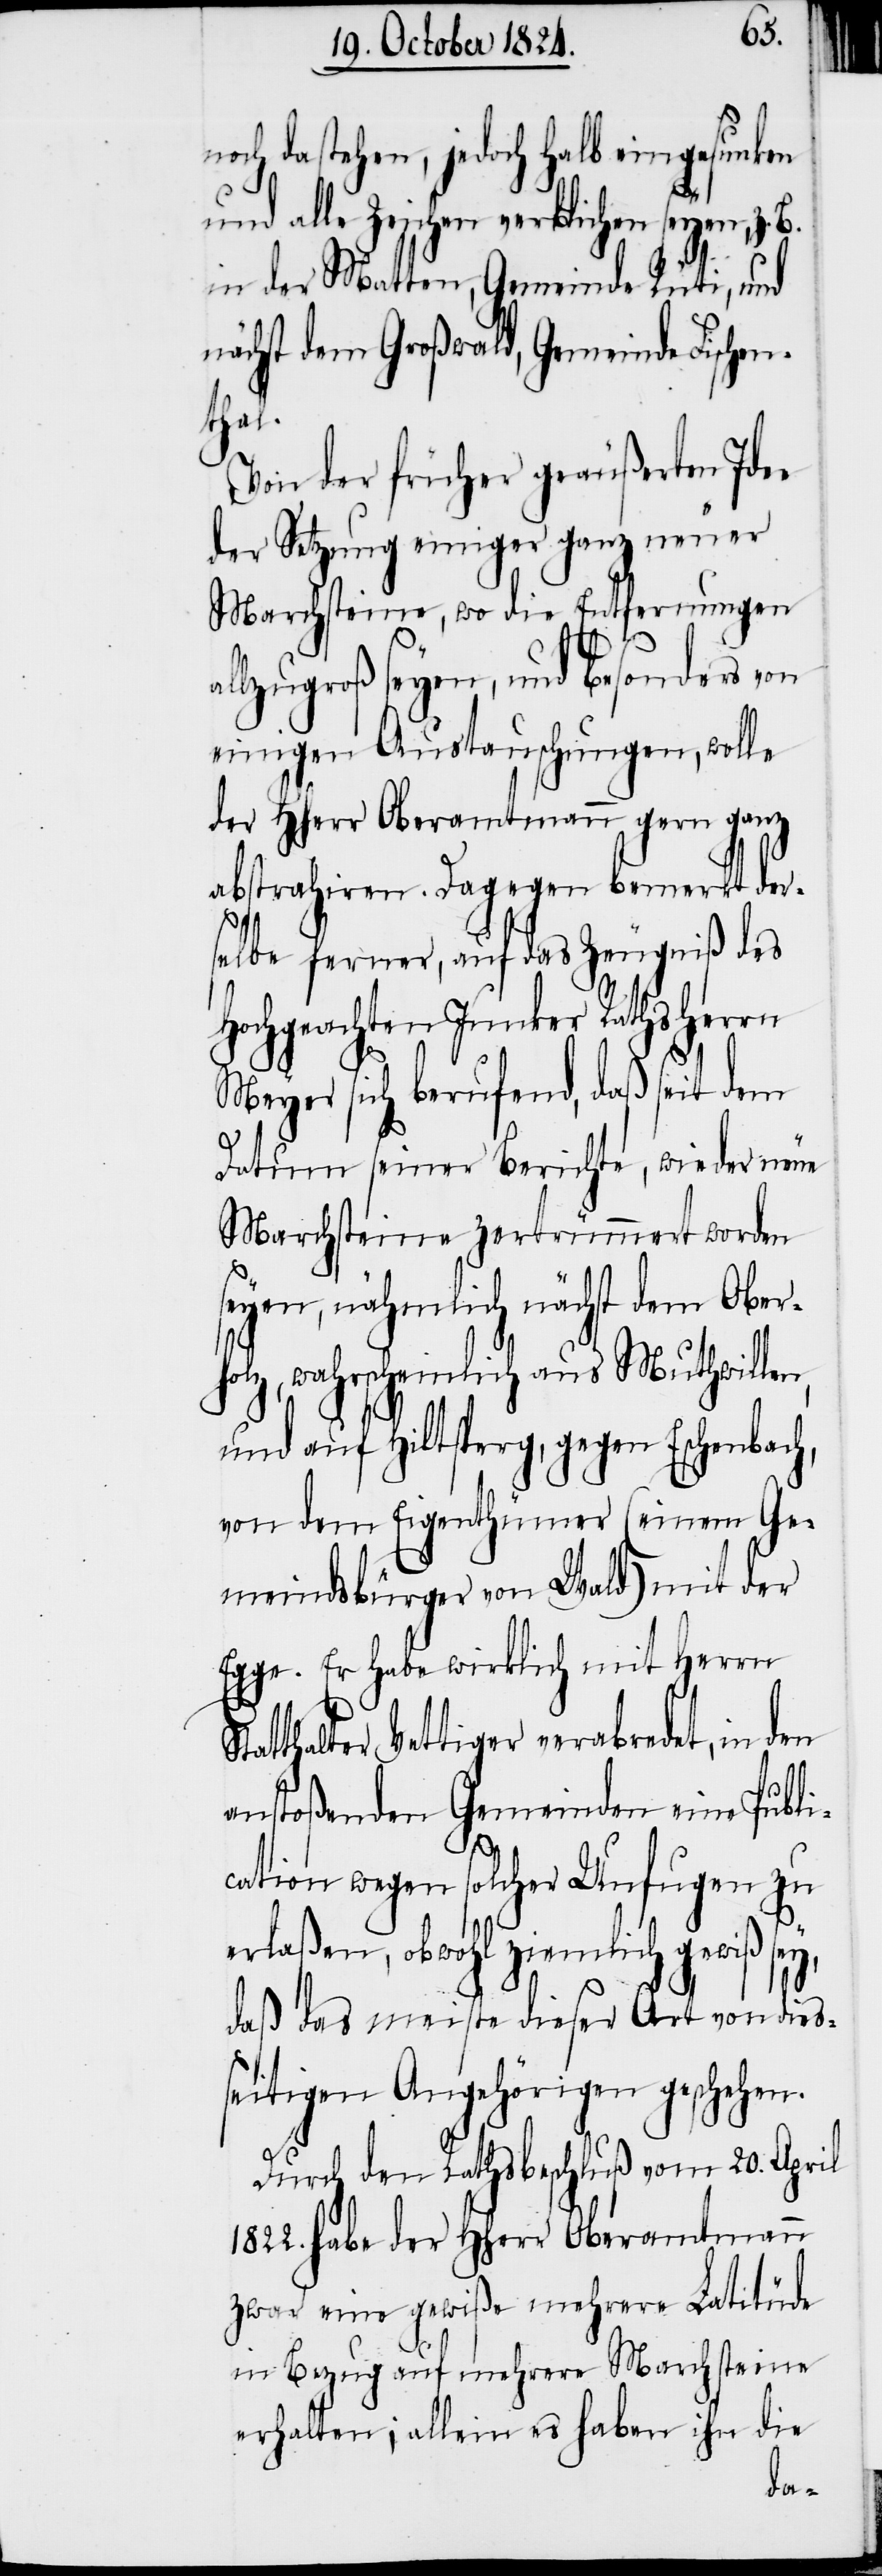
noch dastehen, jedoch halb eingesunken
und alle Zeichen verblichen seyen, z.
in der Matten, Gemeinde Rüti, und
nächst dem Großwald, Gemeinde Fischen¬
thal¬
Von der früher geäußerten Idee
der Setzung einiger ganz neuer
Marchsteine, wo die Entfernungen
lzugroß seyen, und besonders von
einigen Austauschungen, wolle
der HHerr Oberamtmann gern ganz
abstrahiren. Dagegen bemerkt der¬
selbe ferner, auf das Zeugniß des
Hochgeachten Junker Rathsherrn
Meyer sich berufend, daß seit dem
Datum seiner Berichte, wieder neue
Marchsteine zertrümmert worden
seyen, nähmlich nächst dem Ober¬
len,
holz, wahrscheinlich aus Mu¬
und auf Hiltsperg, gegen Eschenbach,
von dem Eigenthümer (einem Ge¬
meindsbürger von Wald) mit der
Egge. Er habe wirklich mit Herrn
ter Vettiger verabredet, in den
anstoßenden Gemeinden eine Publi¬
cation wegen solcher Unfugen zu
erlaßen, obwohl ziemlich gewiß sey,
daß das meiste dieser Art von dies¬
seitigen Angehörigen geschehen.
Durch den Rathsbeschluß vom 20. April
1822. habe der HHerr Oberamtmann
zwar eine gewiße mehrere Latitüde
in Bezug auf mehrere Marchsteine
erhalten; allein es haben ihn die